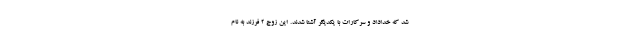
شد که خداداد و سرکارات با یکدیگر آشنا شدند. این زوج ۲ فرزند به نام